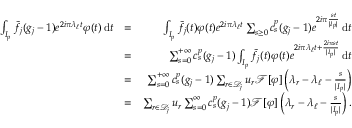
\begin{array} { r l r } { \int _ { I _ { p } } \tilde { f } _ { j } ( g _ { j } - 1 ) e ^ { 2 i \pi \lambda _ { \ell } t } \varphi ( t ) \, \mathrm { d } t } & { = } & { \int _ { I _ { p } } \tilde { f } _ { j } ( t ) \varphi ( t ) e ^ { 2 i \pi \lambda _ { \ell } t } \sum _ { s \geq 0 } c _ { s } ^ { p } ( g _ { j } - 1 ) e ^ { 2 i \pi \frac { s t } { | I _ { p } | } } \, \mathrm { d } t } \\ & { = } & { \sum _ { s = 0 } ^ { + \infty } c _ { s } ^ { p } ( g _ { j } - 1 ) \int _ { I _ { p } } \tilde { f } _ { j } ( t ) \varphi ( t ) e ^ { 2 i \pi \lambda _ { \ell } t + \frac { 2 i \pi s t } { | I _ { p } | } } \, \mathrm { d } t } \\ & { = } & { \sum _ { s = 0 } ^ { + \infty } c _ { s } ^ { p } ( g _ { j } - 1 ) \sum _ { r \in { \mathcal D } _ { j } } u _ { r } { \mathcal F } [ \varphi ] \left( \lambda _ { r } - \lambda _ { \ell } - \frac { s } { | I _ { p } | } \right) } \\ & { = } & { \sum _ { r \in { \mathcal D } _ { j } } u _ { r } \sum _ { s = 0 } ^ { \infty } c _ { s } ^ { p } ( g _ { j } - 1 ) { \mathcal F } [ \varphi ] \left( \lambda _ { r } - \lambda _ { \ell } - \frac { s } { | I _ { p } | } \right) . } \end{array}